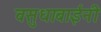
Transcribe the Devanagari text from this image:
वसुधाबाईंनी